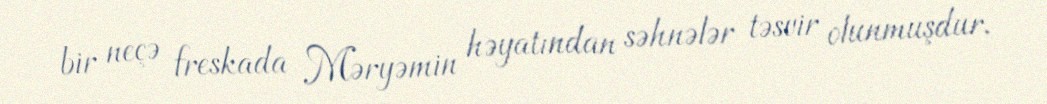
bir neçə freskada Məryəmin həyatından səhnələr təsvir olunmuşdur.